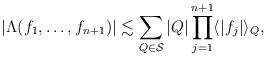
LaTeX: \begin{align*}|\Lambda(f_1, \ldots, f_{n+1}) | \lesssim \sum_{Q\in\mathcal{S}}|Q|\prod_{j=1}^{n+1}\langle |f_j| \rangle_Q,\end{align*}